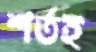
শর্তই